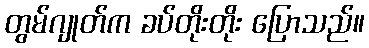
တွမ်ဂျုတ်က ခပ်တိုးတိုး ပြောသည်။